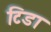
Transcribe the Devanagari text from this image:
टिडा